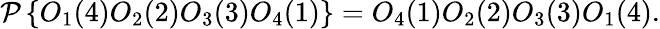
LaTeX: {\mathcal{P}}\left\{ O_{1}(4)O_{2}(2)O_{3}(3)O_{4}(1)\right\} =O_{4}(1)O_{2}(2)O_{3}(3)O_{1}(4).